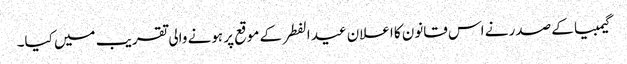
گیمبیا کے صدر نے اس قانون کا اعلان عید الفطر کے موقع پر ہونے والی تقریب میں کیا۔